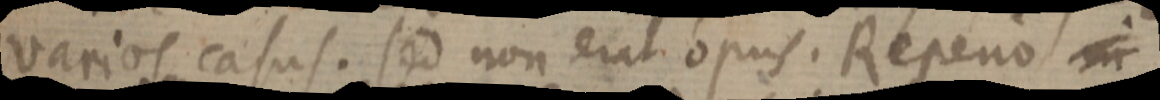
varios casus. sed non erat opus. Repeno in